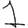
Digit: 1